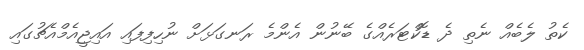
ކެތު ލެބެއް ނެތި ދެ ޑޮކްޓަރެއްގެ ބޭނުން އެންމެ ރަނގަޅަށް ނުހިފިފައި އައިޖީއެމްއެޗުގައި